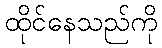
ထိုင်နေသည်ကို